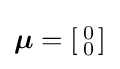
{\boldsymbol {\mu }}=\left[{\begin{smallmatrix}0\\0\end{smallmatrix}}\right]